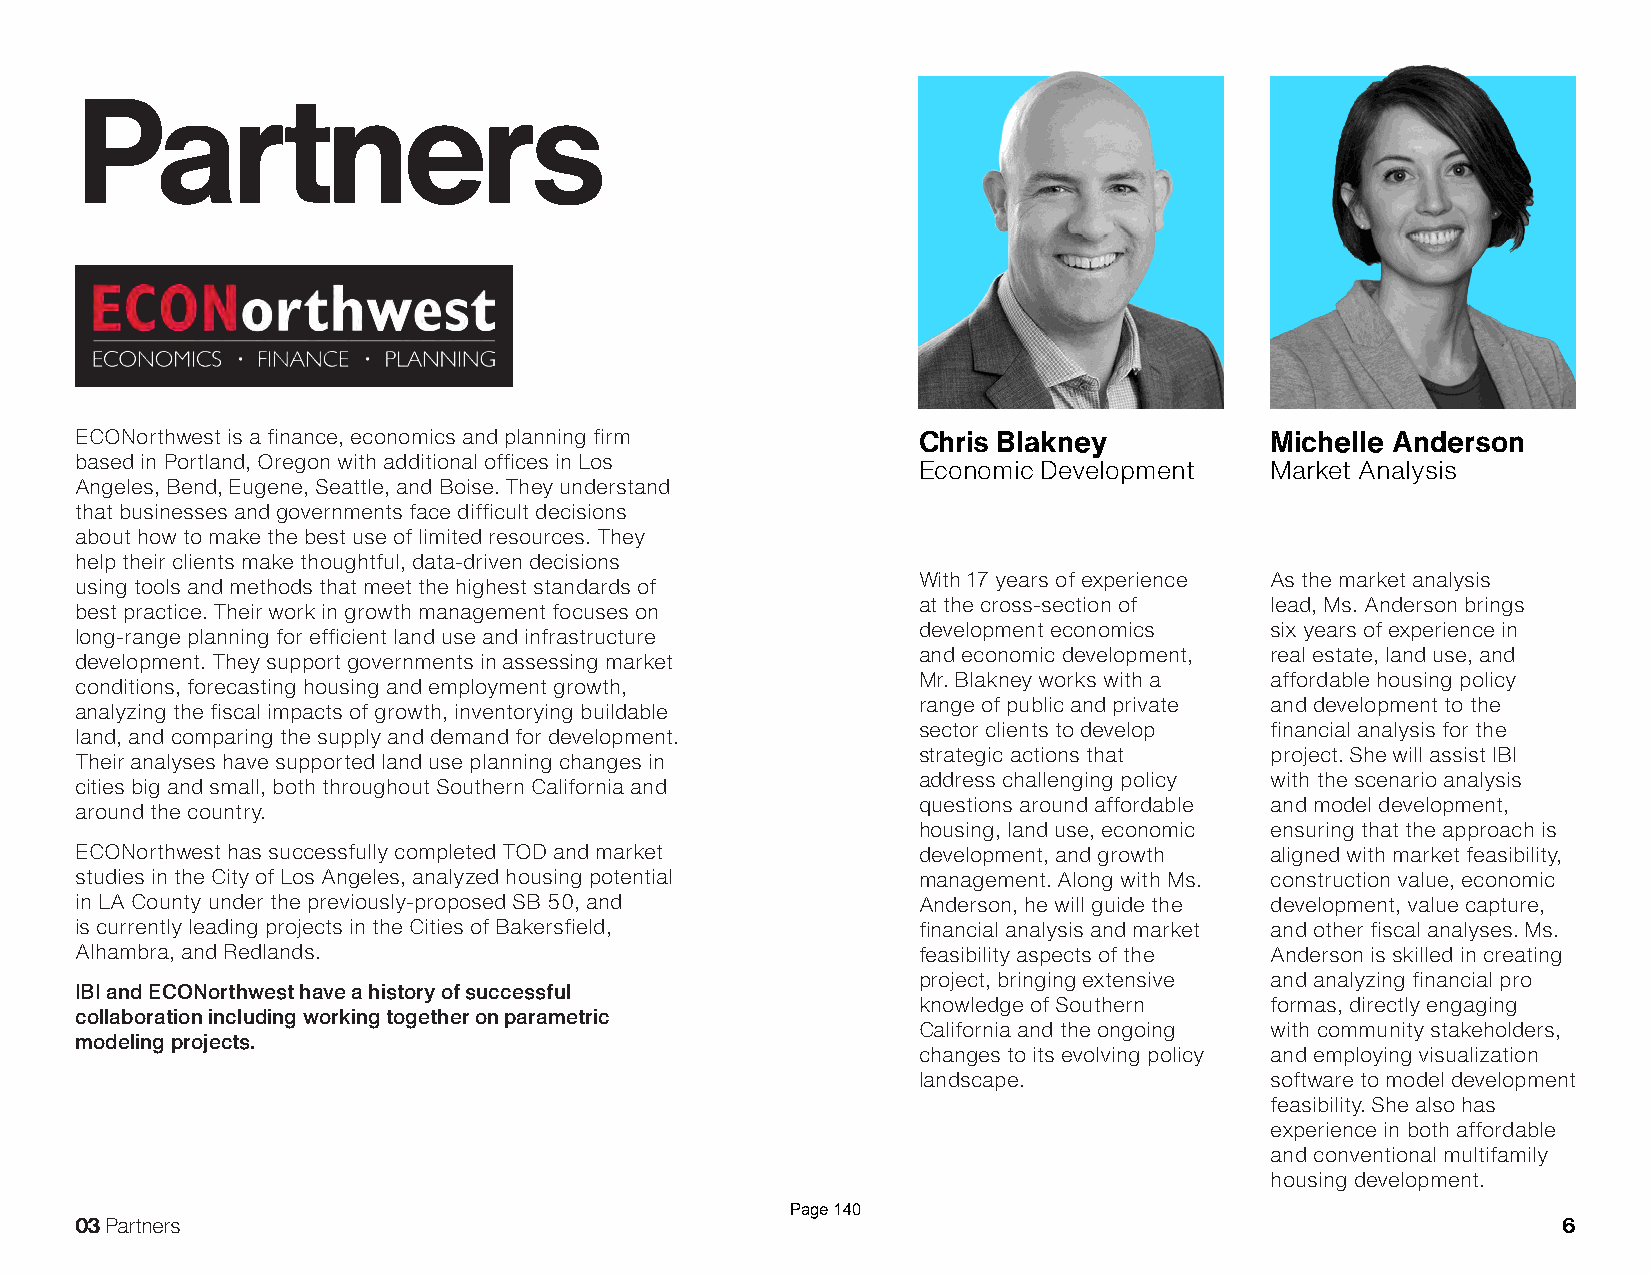
Partners
 ECONorthwest is a finance, economics and planning firm  Chris Blakney          Michelle Anderson
 based in Portland, Oregon with additional offices in Los
 Economic Development   Market Analysis
 Angeles, Bend, Eugene, Seattle, and Boise. They understand
 that businesses and governments face difficult decisions
 about how to make the best use of limited resources. They
 help their clients make thoughtful, data-driven decisions
 With 17 years of experience As the market analysis
 using tools and methods that meet the highest standards of
 at the cross-section of lead, Ms. Anderson brings
 best practice. Their work in growth management focuses on
 development economics  six years of experience in
 long-range planning for efficient land use and infrastructure
 and economic development, real estate, land use, and
 development. They support governments in assessing market
 Mr. Blakney works with a affordable housing policy
 conditions, forecasting housing and employment growth,
 range of public and private and development to the
 analyzing the fiscal impacts of growth, inventorying buildable
 sector clients to develop financial analysis for the
 land, and comparing the supply and demand for development.
 strategic actions that project. She will assist IBI
 Their analyses have supported land use planning changes in
 address challenging policy with the scenario analysis
 cities big and small, both throughout Southern California and
 questions around affordable and model development,
 around the country.
 housing, land use, economic ensuring that the approach is
 ECONorthwest has successfully completed TOD and market  development, and growth aligned with market feasibility,
 studies in the City of Los Angeles, analyzed housing potential management. Along with Ms. construction value, economic
 in LA County under the previously-proposed SB 50, and   Anderson, he will guide the development, value capture,
 is currently leading projects in the Cities of Bakersfield, financial analysis and market and other fiscal analyses. Ms.
 Alhambra, and Redlands.                                 feasibility aspects of the Anderson is skilled in creating
 project, bringing extensive and analyzing financial pro
 IBI and ECONorthwest have a history of successful
 knowledge of Southern  formas, directly engaging
 collaboration including working together on parametric
 California and the ongoing with community stakeholders,
 modeling projects.
 changes to its evolving policy and employing visualization
 landscape.             software to model development
 feasibility. She also has
 experience in both affordable
 and conventional multifamily
 housing development.
 Page 140
 03 Partners                                                                                       6